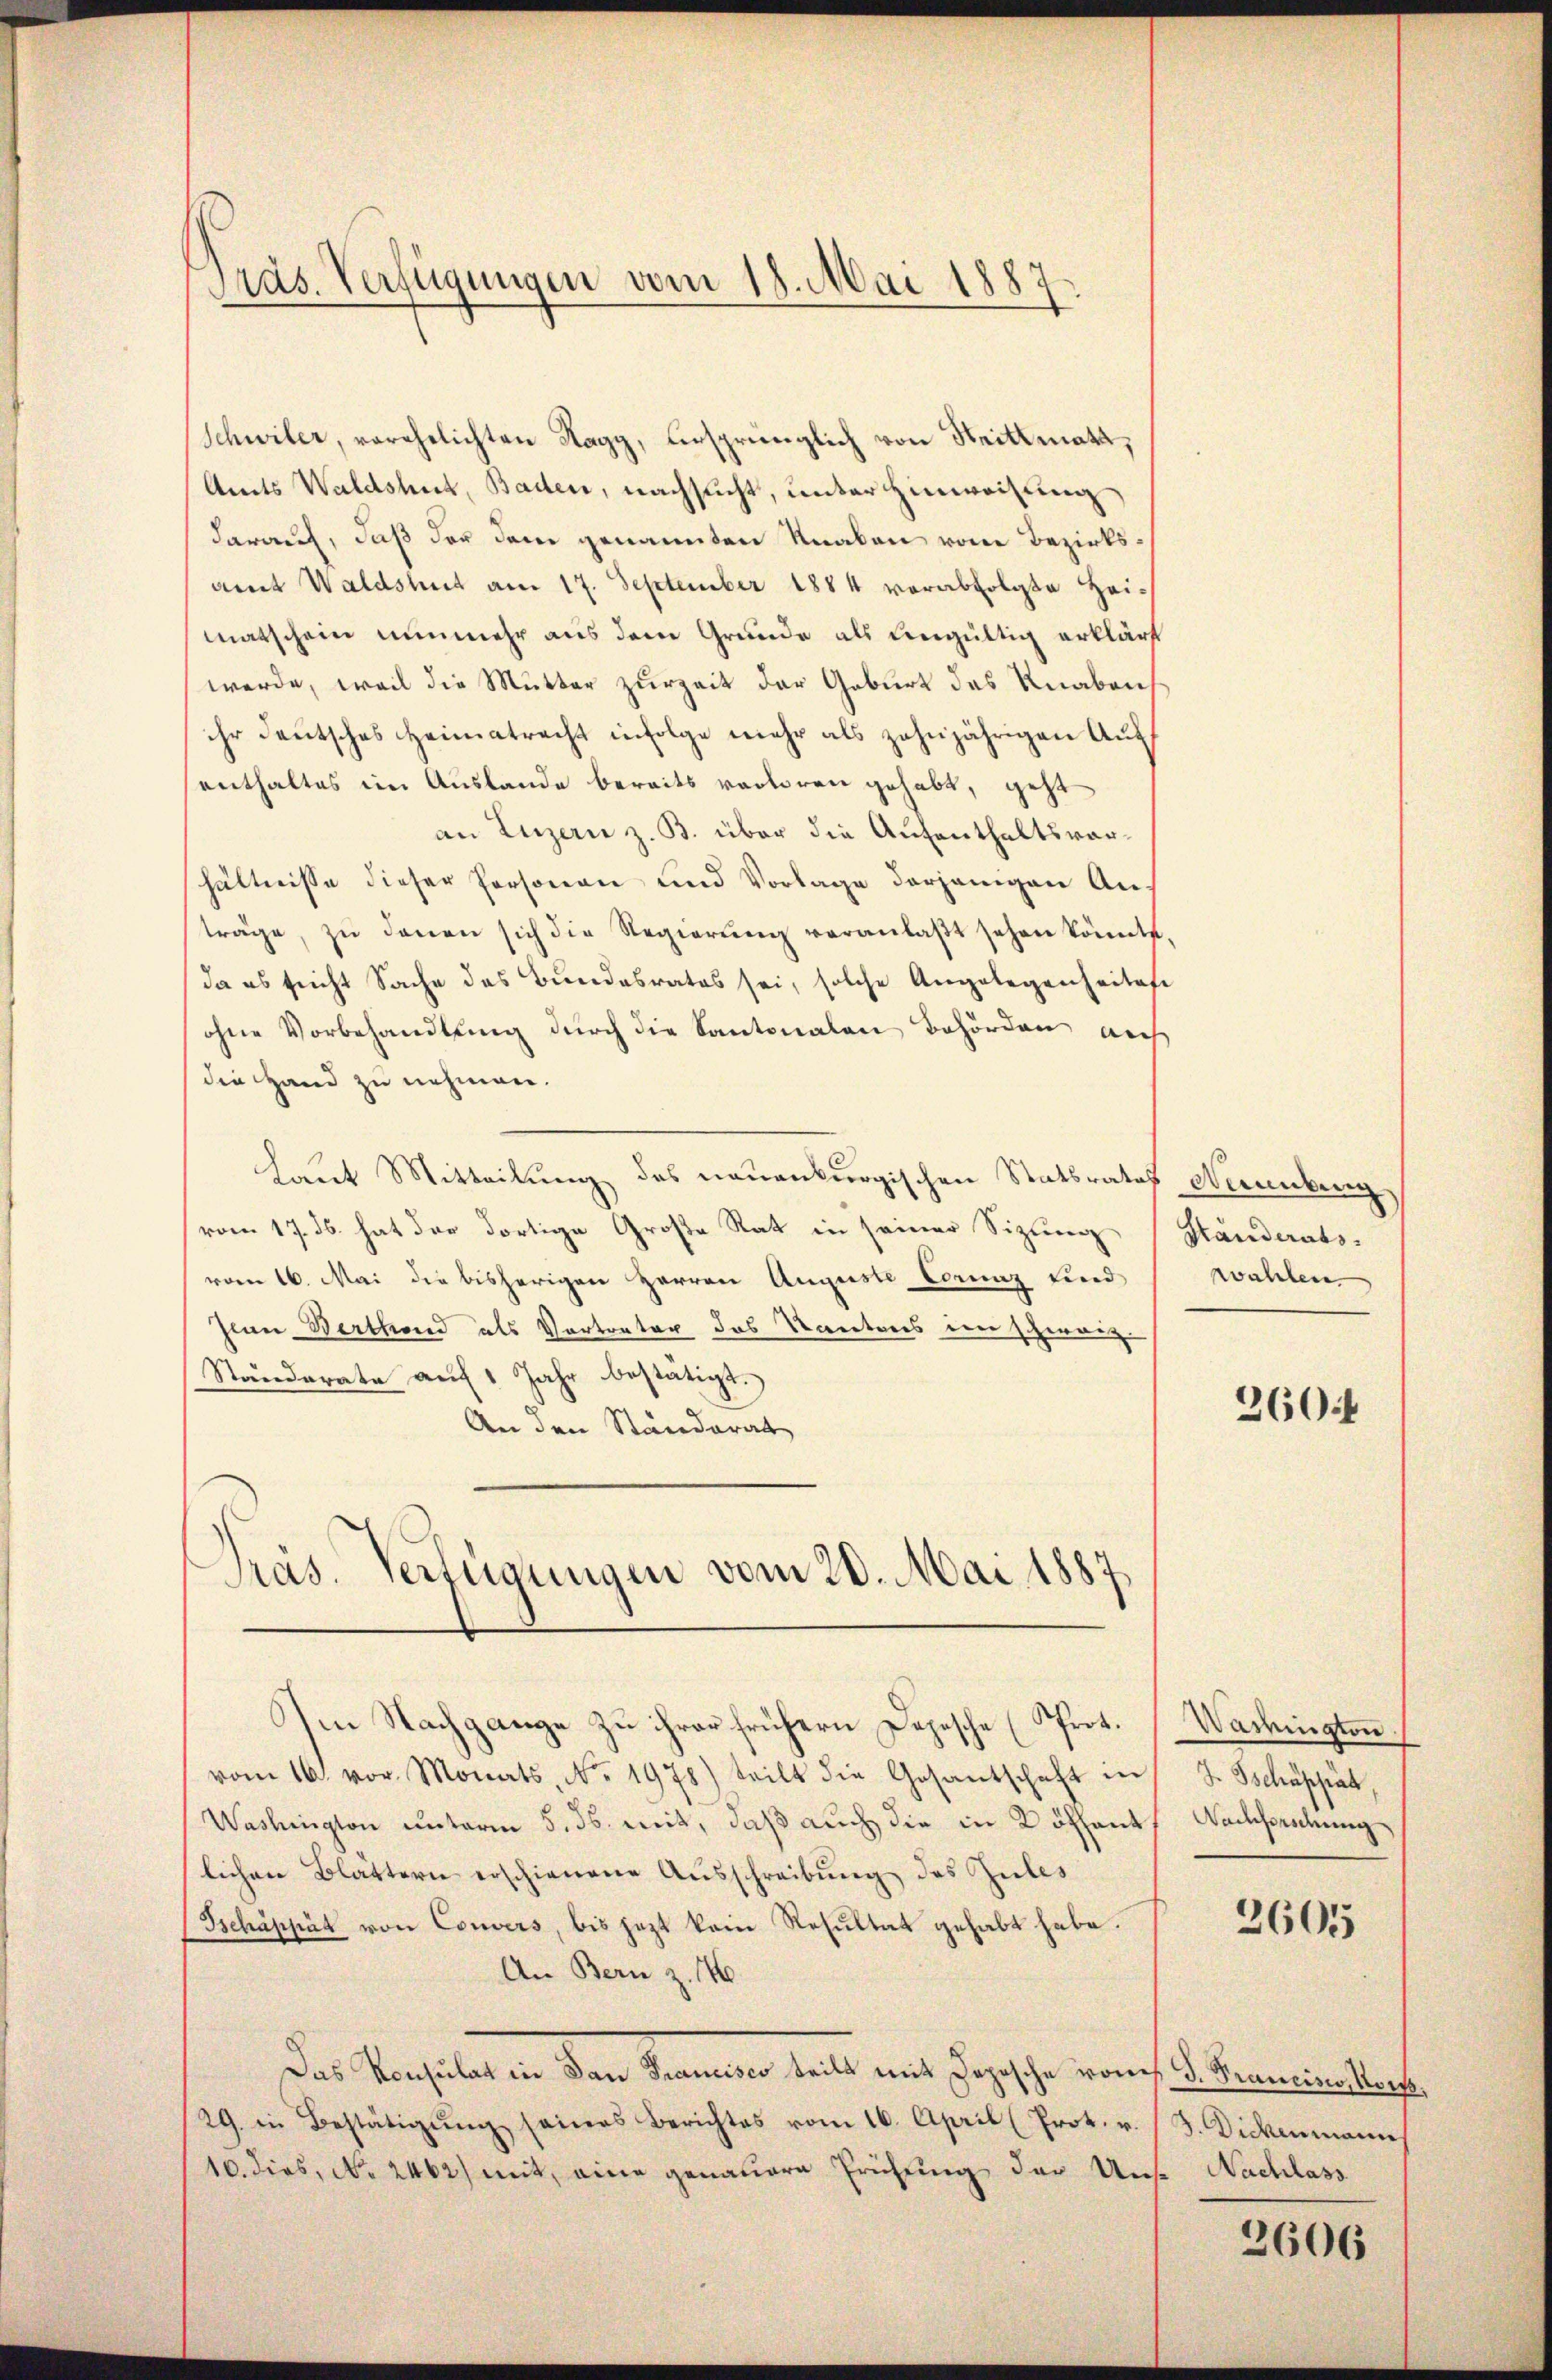
Präs. Verfügungen vom 18. Mai 1887.

Schwiler, verehelichten Nagy, ursprünglich von Strittmatt,
Amts Waldshut, Baden, nachsucht, unter Hinweisung
darauf, daß der dem genannten Knaben vom Bezirksamt Waldshut am 17. September 1884 verabfolgte Heimatschein nunmehr aus dem Grunde als ungültig erklärt
werde, weil die Mutter zurzeit der Geburt des Knaben,
ihr deutsches Heimatracht infolge mehr als zehnjährigen Aufenthaltes im Auslande bereits verloren gehabt, geht
an Luzern z. B. über die Aufenthaltsvorhältnisse dieser Personen und Vorlage derjenigen Anträge, zŭ denen sich die Regierŭng veranlaβt sehen könnte
da es sucht Sache des Bundesrates sei, solche Angelegenheitest
ohne Vorbehandlung durch die Kantonalen Behörden auch
die Hand zu nehmen.
Laut Mitteilung des neuenburgischen Statsrates Neuenburg
vom 17. ds. hat der dortige Große Rat in seiner Sizung
von 16. Mai die bisherigen Herren Auguste Corenz sind
Jean Berthand als Vertreter das Kantons im Schwarz
Ständerate auf 1 Jahr bestätigt.
An den Ständerat
Präs. Verfügungen vom 20. Mai 1887

Im Nachgange zu ihrer frühern Depesche (Prot.

vom 16. vor. Monats, No. 1978) teilt die Gesantschaft in
Washington unterm 5. ds. mit, daß auch die in Köffent
lichen Blättern erschienene Ausschreibung des Gutes
Schäppät von Convers, bis jezt kein Resultat gehabt habe.
An Bern z. 146.
Das Konsulat in San Francisco teilt mit Depesche vom 3. Francino, Kort.
29. in Bestätigŭng seines Berichtes vom 16. April (Prot. u.
10. dies, No 2462) mit, eine genauere Frühung der Uns. Nachlass

Ständerats-
wahlen

260

Waringten.
J. Schäppät,
Nachforschung

2605

3 Didemann

2606